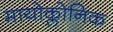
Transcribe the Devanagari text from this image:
मायोक्लोनिक